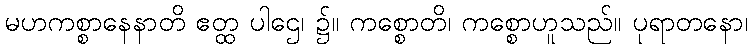
မဟကစ္စာနေနာတိ ဧတ္ထ ပါဌေ၊ ၌။ ကစ္စောတိ၊ ကစ္စောဟူသည်။ ပုရာတနော၊